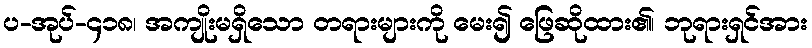
ပ-အုပ်-၄၁၈၊ အကျိုးမရှိသော တရားများကို မေး၍ ဖြေဆိုထား၏၊ ဘုရားရှင်အား